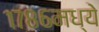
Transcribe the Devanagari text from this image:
१७८६मध्ये